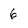
Character: 6